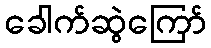
ခေါက်ဆွဲကြော်